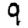
Digit: 9